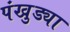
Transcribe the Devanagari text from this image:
पंखुड्या